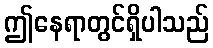
ဤနေရာတွင်ရှိပါသည်